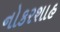
નોકરશાહ